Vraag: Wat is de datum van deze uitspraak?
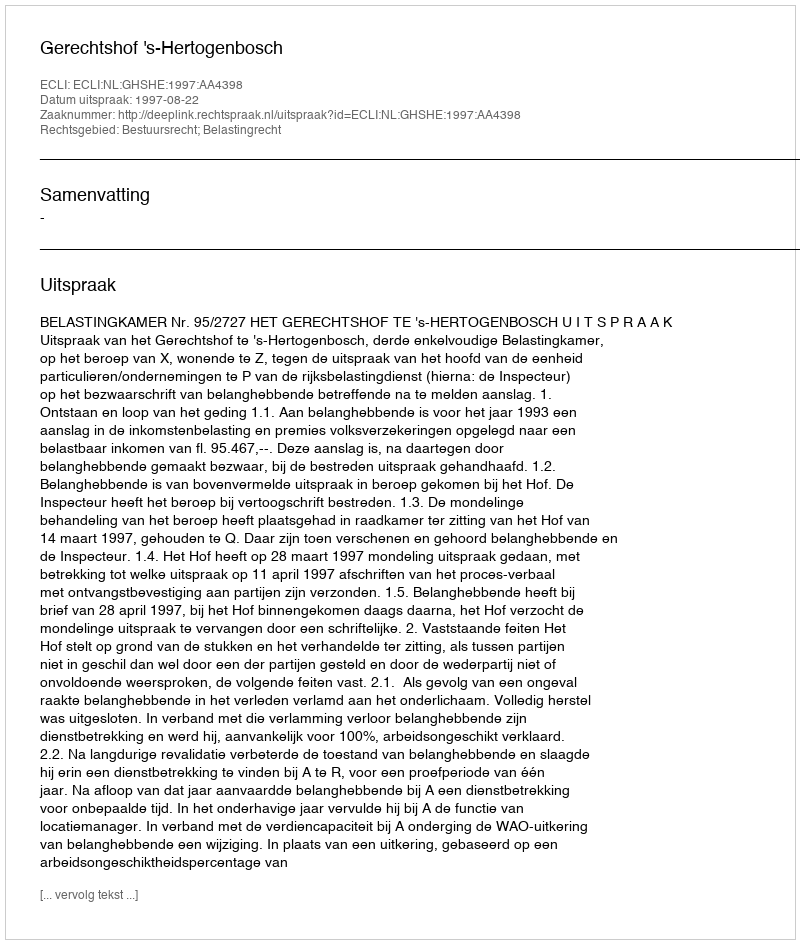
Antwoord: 1997-08-22